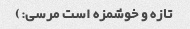
تازه و خوشمزه است مرسی:)